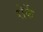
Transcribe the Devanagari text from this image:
रोर्के